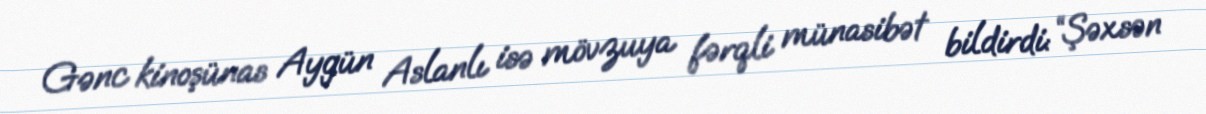
Gənc kinoşünas Aygün Aslanlı isə mövzuya fərqli münasibət bildirdi: “Şəxsən